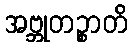
အဗ္ဘုတဉ္စာတိ